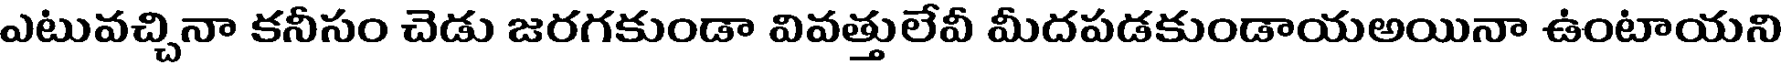
ఎటువచ్చినా కనీసం చెడు జరగకుండా వివత్తులేవీ మీదపడకుండాయఅయినా ఉంటాయని